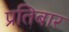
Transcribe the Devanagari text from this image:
प्रतिबार